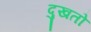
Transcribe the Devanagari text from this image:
दुखतो